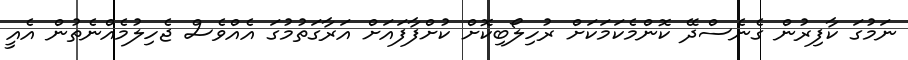
ނަމުގަ ކާފިރުން ގެނެސްދޭ ކޮންމެކަމަކަށް ރުހިލޯބިކޮށް ކުށްފާފައަށް އަރާގަތުމުގަ އެއްވެސް ޖެހިލުމެއްނެތުން އެއީ